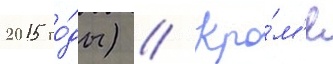
2015 го́ды) // Кро́м'е